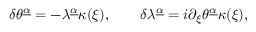
\delta \theta ^ { \underline { { \alpha } } } = - \lambda ^ { \underline { { \alpha } } } \kappa ( \xi ) , \qquad \delta \lambda ^ { \underline { { \alpha } } } = i \partial _ { \xi } \theta ^ { \underline { { \alpha } } } \kappa ( \xi ) ,